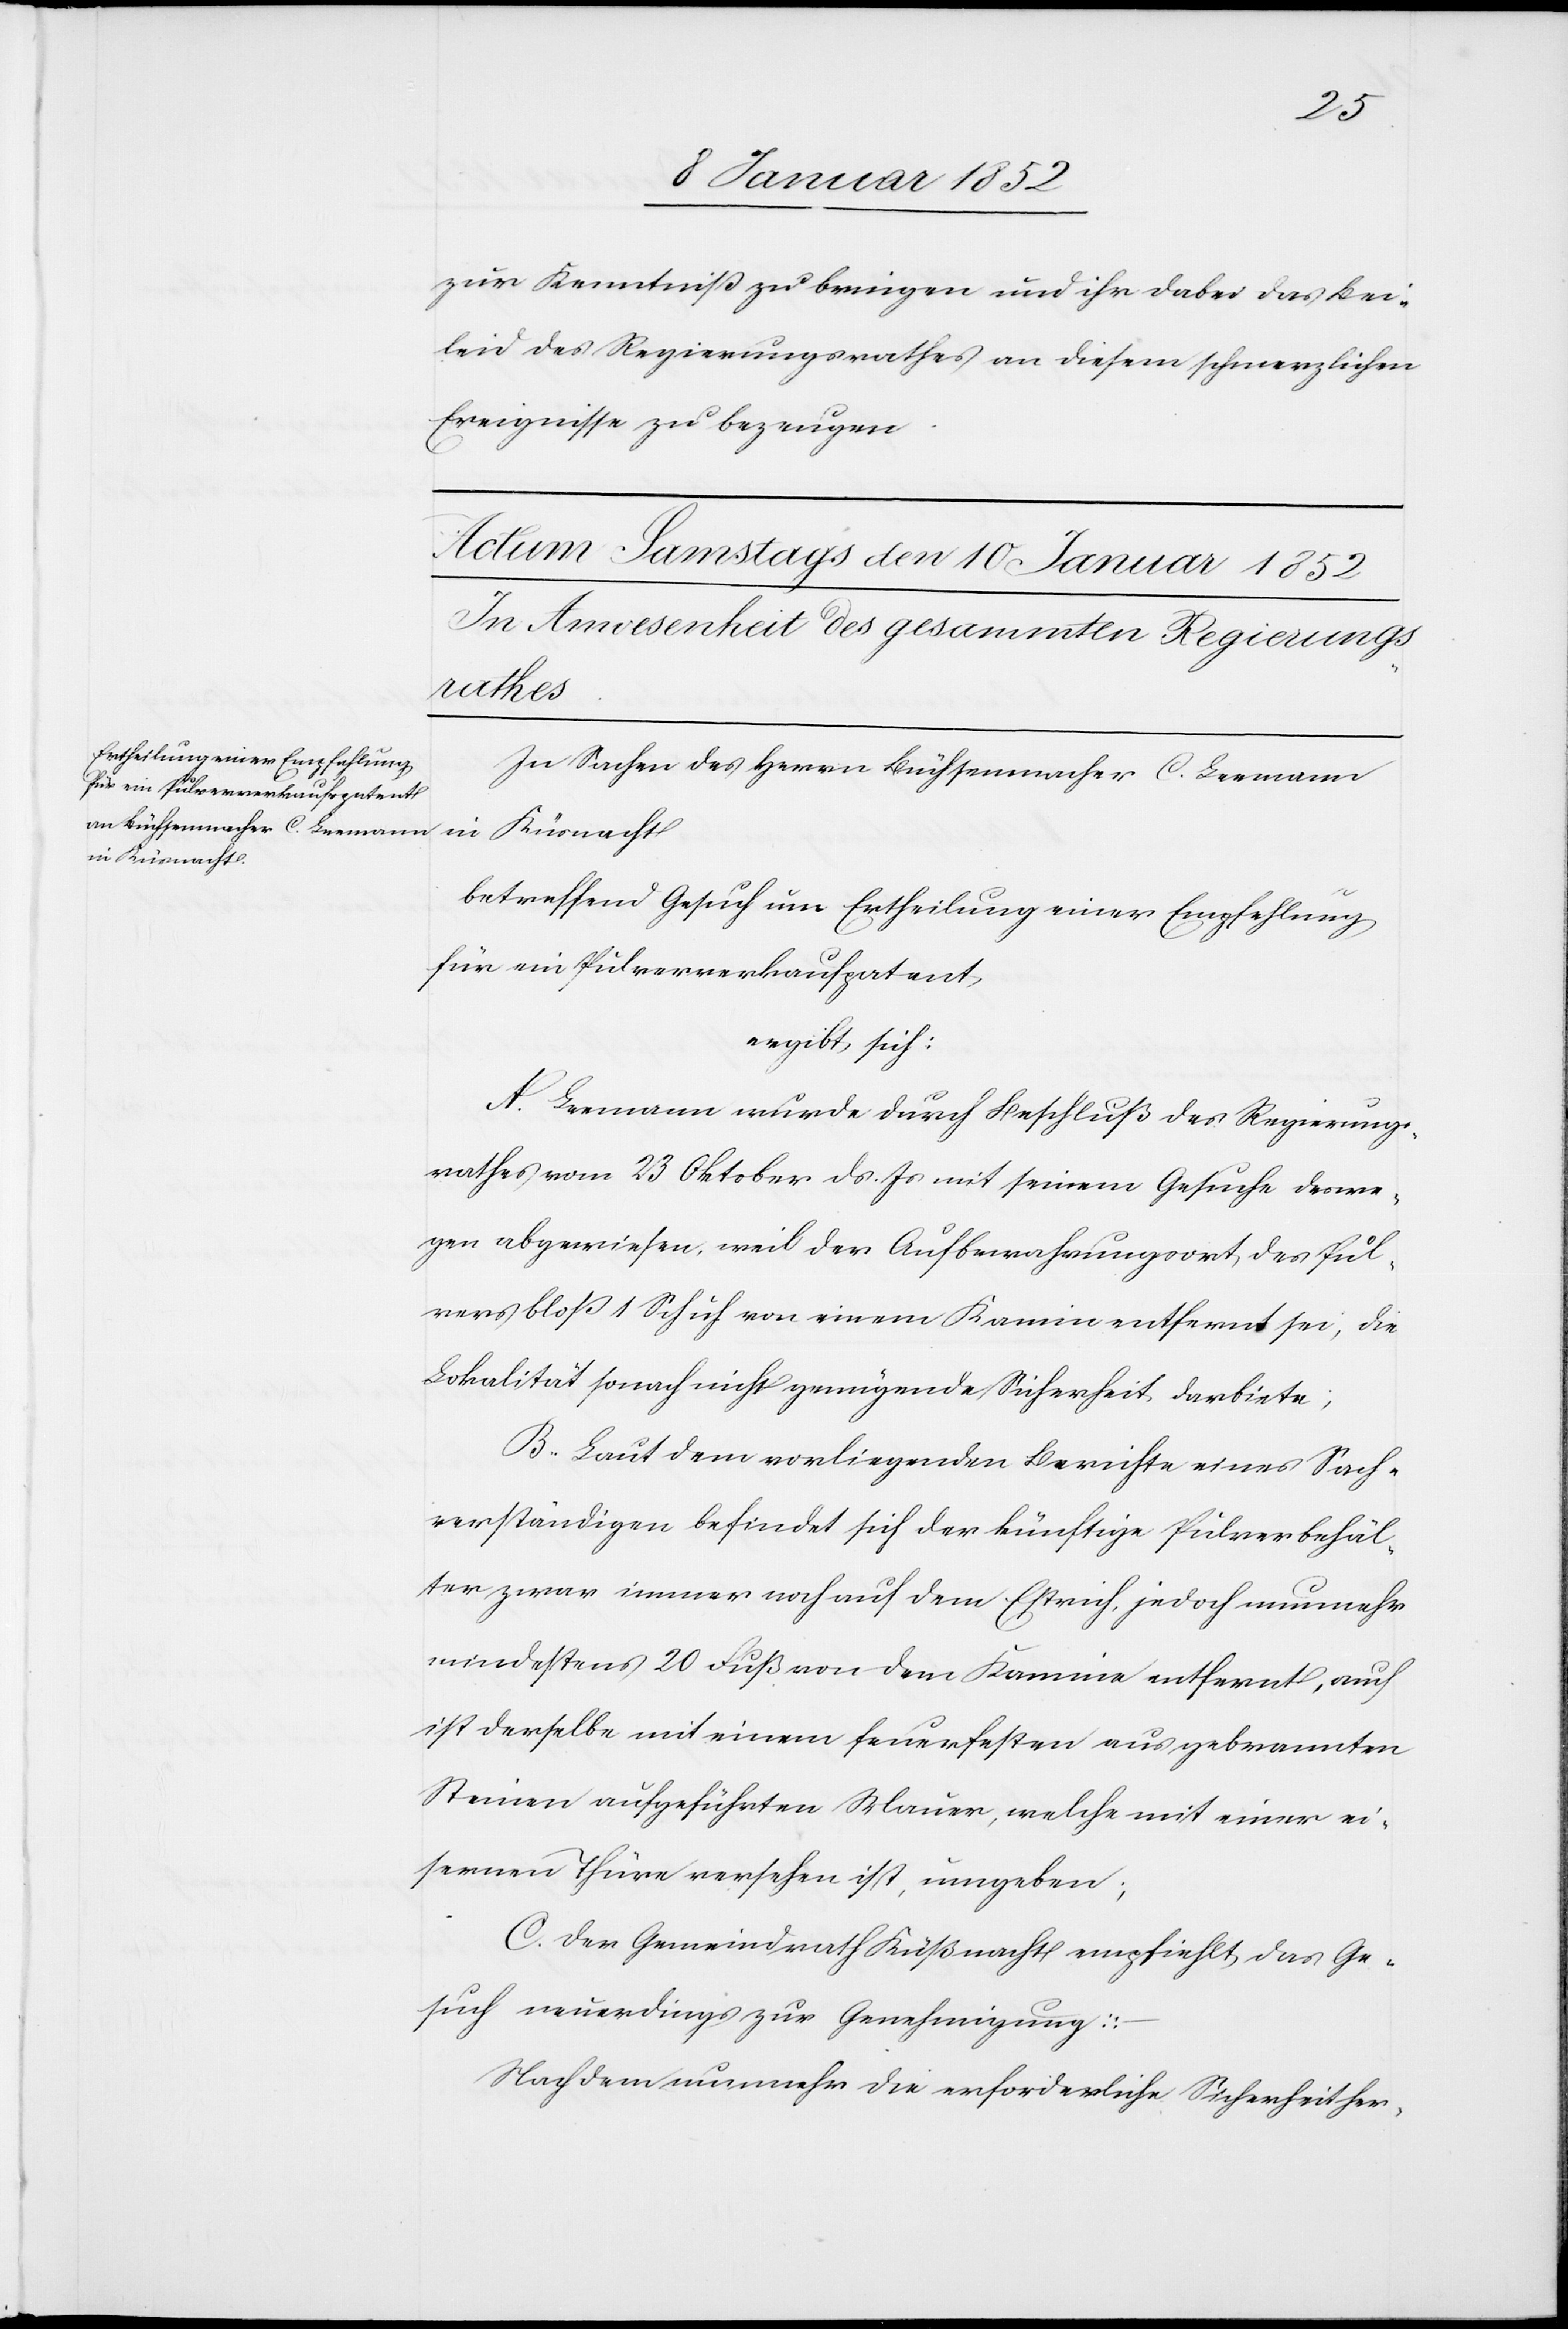
zur Kenntniß zu bringen und ihr dabei das Bei¬
leid des Regierungsrathes an diesem schmerzlichen
Ereignisse zu bezeugen.
In Sachen des Herrn Büchsenmacher C. Leemann
in Küsnacht
betreffend Gesuch um Ertheilung einer Empfehlung
für ein Pulververkaufpatent
ergibt sich:
A. Leemann wurde durch Beschluß des Regierungs¬
rathes vom 23 Oktober ds. Js mit seinem Gesuche deswe¬
gen abgewiesen, weil der Aufbewahrungsort des Pul¬
vers bloß 1 Schuh von einem Kamin entfernt sei, die
Lokalität sonach nicht genügende Sicherheit darbiete;
B. Laut dem vorliegenden Berichte eines Sach¬
verständigen befindet sich der künftige Pulverbehäl¬
ter zwar immer noch auf dem Estrich, jedoch nunmehr
mindestens 20 Fuß von dem Kamin entfernt, auch
ist derselbe mit einem [sic!] feuerfesten ausgebrannten
Steinen aufgeführten Mauer, welche mit einer ei¬
sernen Thüre versehen ist, umgeben;
C. Der Gemeindrath Küßnacht empfiehlt, das Ge¬
such neuerdings zur Genehmigung.
Nachdem nunmehr die erforderliche Sicherheit her-